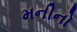
મનીનો